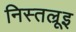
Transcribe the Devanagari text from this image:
निस्तल्रूइ